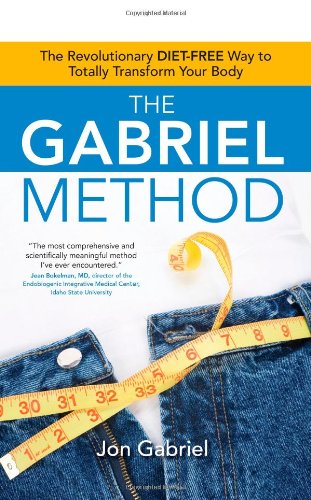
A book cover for The Gabriel Method: The Revolutionary DIET-FREE Way to Totally Transform Your Body; Jon Gabriel; Religion & Spirituality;